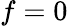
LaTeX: f=0